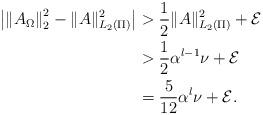
\begin{align*}\left \vert \left\Vert A_{\Omega} \right\Vert_{2}^{2}-\Vert A\Vert _{L_2(\Pi)}^{2}\right \vert&> \dfrac{1}{2}\Vert A\Vert _{L_2(\Pi)}^{2}+ \mathcal{E}\\&> \dfrac{1}{2}\alpha^{l-1}\nu+ \mathcal{E}\\&= \dfrac{5}{12}\alpha^{l}\nu+ \mathcal{E}.\end{align*}